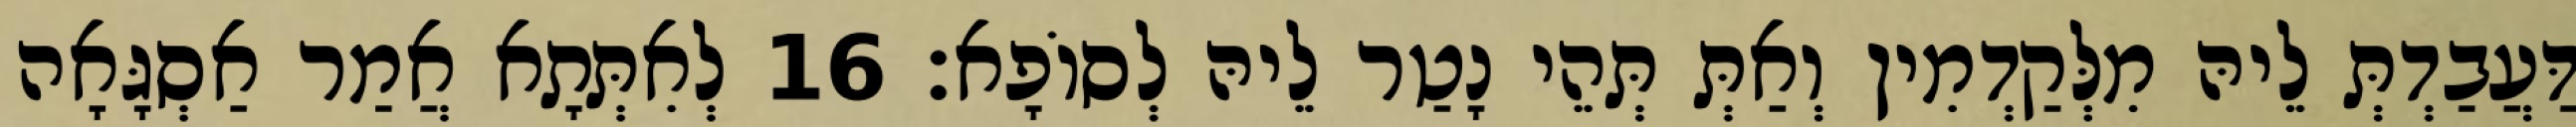
דַּעֲבַדְתְּ לֵיהּ מִלְּקַדְמִין וְאַתְּ תְּהֵי נָטַר לֵיהּ לְסוֹפָא׃ 16 לְאִתְּתָא אֲמַר אַסְגָּאָה